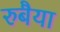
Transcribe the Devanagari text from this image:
रुबैया